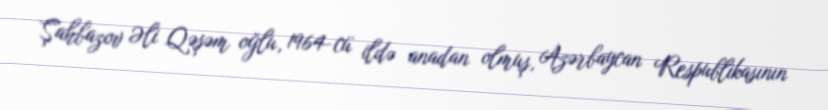
Şahbazov Əli Qəşəm oğlu, 1964-cü ildə anadan olmuş, Azərbaycan Respublikasının